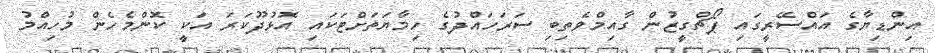
އިންޑިޔާގެ އައްސޭރީގައި ޕޯޗްގީޒުން ގާއިމްވެތިބި ސަރަހައްދުގެ ހިމާޔަތަށްޓަކައި އޮޅުދޫކަރަ އަކީ ކޮންމެހެން މުހިއްމު